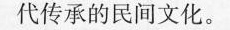
代传承的民间文化。